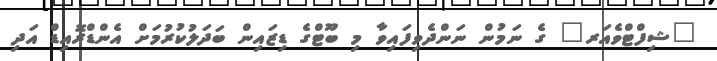
"ޝިފްޓްވެއަރ" ގެ ނަމުން ނަންދެވިފައިވާ މި ބޫޓްގެ ޑިޒައިން ބަދަލުކުރުމަށް އެންޑްރޮއިޑް އަދި